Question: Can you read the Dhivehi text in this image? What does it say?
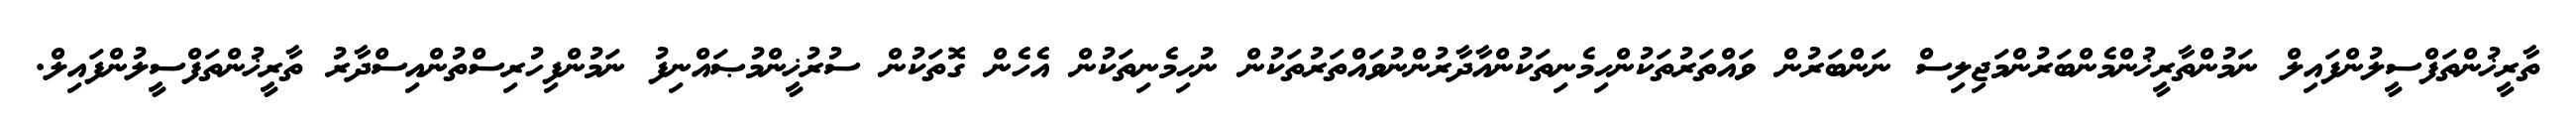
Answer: ތާރީޚުންތަފްސީލުންފައިލް ނަމުންތާރީޚުންމެންބަރުންމަޖިލިސް ނަންބަރުން ވައްތަރުތަކުންހިމެނިތަކުންއާދާރުންނުވައްތަރުތަކުން ނުހިމެނިތަކުން އެހެން ގޮތަކުން ސުރުޚީންމުޞައްނިފު ނަމުންފިހުރިސްތުންއިސްދާރު ތާރީޚުންތަފްސީލުންފައިލް.